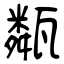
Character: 甐